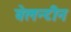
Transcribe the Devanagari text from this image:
वेलन्टीन